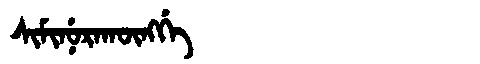
Manchu: ᠰᡳᠮᡳᠨᡠᡵᠠᡴᡡᠩᡤᡝ
Romanization: SIMINURAKŪNGGE